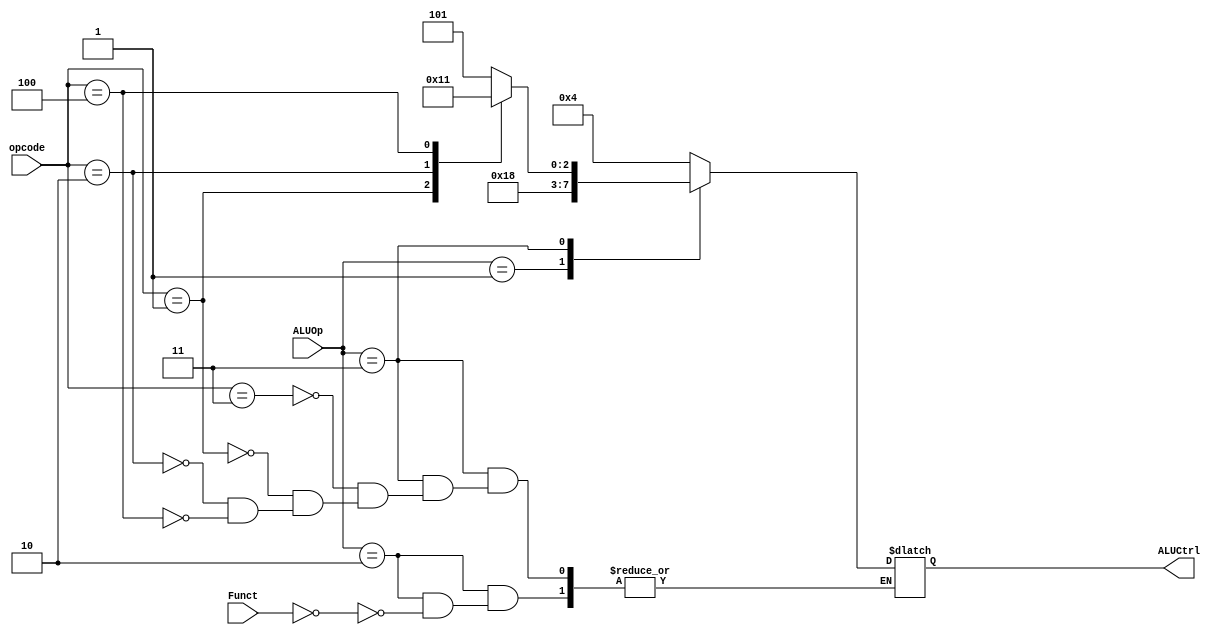
`timescale 1ns / 1ps
module ALUControl(
input [1:0] ALUOp,
input [2:0] Funct,
input [2:0] opcode,
output reg [3:0] ALUCtrl
);


always @(ALUOp  )
begin

case(ALUOp)
2'b00:ALUCtrl = 4'b0100; //add (mbledhje)
2'b01:ALUCtrl = 4'b1100; //sub (zbritje)

 2'b10:
//ADD Adds two registers and stores the result in a register
    case(Funct)
    3'b000:ALUCtrl = 4'b0100; //add 
    3'b000:ALUCtrl = 4'b0011;//xor
    3'b000:ALUCtrl= 4'b0111;//div
    3'b000:ALUCtrl =4'b1100;//sub

    endcase


//ADDI is an I-type instruction. This instruction allows you to add the contents //of a register to an immediate value (a constant) and store the result in a  //register.
 2'b11: //I-format
       case(opcode)
     3'b011:ALUCtrl = 4'b0101;//addi
     3'b001:ALUCtrl = 4'b0000;//andi
     3'b010:ALUCtrl = 4'b0010;//ori
     3'b100:ALUCtrl= 4'b0001;//slti 
     endcase

endcase
end


endmodule